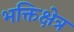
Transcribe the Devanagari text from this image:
भक्तिक्षेत्र